Scientific memoirs by medical officers of the Army of India - Part X,
Year: 1897
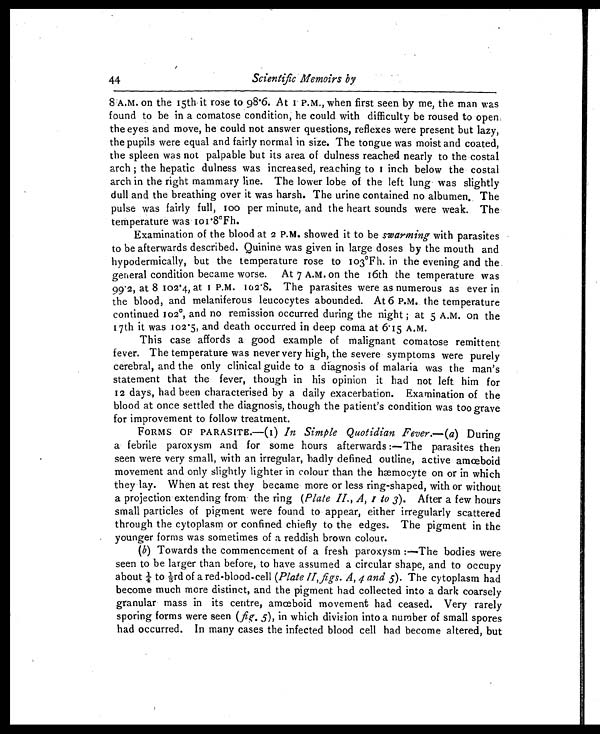
44
Scientific Memoirs by
8 A.M. on the 15th it rose to 98.6. At 1 P.M., when first seen by me, the man was
found to be in a comatose condition, he could with difficulty be roused to open
the eyes and move, he could not answer questions, reflexes were present but lazy,
the pupils were equal and fairly normal in size. The tongue was moist and coated,
the spleen was not palpable but its area of dulness reached nearly to the costal
arch ; the hepatic dulness was increased, reaching to 1 inch below the costal
arch in the right mammary line. The lower lobe of the left lung was slightly
dull and the breathing over it was harsh. The urine contained no albumen. The
pulse was fairly full, 100 per minute, and the heart sounds were weak. The
temperature was 101 8ºFh.
Examination of the blood at 2 P.M. showed it to be swarming with parasites
to be afterwards described. Quinine was given in large doses by the mouth and
hypodermically, but the temperature rose to 103ºFh. in the evening and the
g e n e r a l c o n d i t i o n b e c a m e w o r s e . A t 7 A . M . o n t h e 1 6 t h t h e t e m p e r a t u r e w a s
9 9 . 2 , a t 8 1 0 2 . 4 , a t 1 P . M . 1 0 2 . 8 . T h e p a r a s i t e s w e r e a s n u m e r o u s a s e v e r i n
the blood, and melaniferous leucocytes abounded. At 6 P.M. the temperature
continued 102°, and no remission occurred during the night ; at 5 A.M. on the
1 7 t h i t w a s 1 0 2 . 5 , a n d d e a t h o c c u r r e d i n d e e p c o m a a t 6 1 5 A . M .
This case affords a good example of malignant comatose remittent
fever. The temperature was never very high, the severe symptoms were purely
cerebral, and the only clinical guide to a diagnosis of malaria was the man's
statement that the fever, though in his opinion it had not left him for
12 days, had been characterised by a daily exacerbation. Examination of the
blood at once settled the diagnosis, though the patient's condition was too grave
for improvement to follow treatment.
FORMS OF PARASITE.-(1) In Simple Quotidian Fever. —( a) During
a febrile paroxysm and for some hours afterwards :—The parasites then
seen were very small, with an irregular, badly defined outline, active amœboid
movement and only slightly lighter in colour than the hæmocyte on or in which
they lay. When at rest they became more or less ring-shaped, with or without
a projection extending from the ring ( Plate II., A, 1 to 3 ). After a few hours
small particles of pigment were found to appear, either irregularly scattered
through the cytoplasm or confined chiefly to the edges. The pigment in the
younger forms was sometimes of a reddish brown colour.
( b) Towards the commencement of a fresh paroxysm :—The bodies were
seen to be larger than before, to have assumed a circular shape, and to occupy
about ¼ to ⅓rd of a red-blood-cell ( Plate II, figs. A, 4 and 5 ). The cytoplasm had
become much more distinct, and the pigment had collected into a dark coarsely
granular mass in its centre, amœboid movement had ceased. Very rarely
sporing forms were seen ( fie. 5 ), in which division into a number of small spores
had occurred. In many cases the infected blood cell had become altered, but